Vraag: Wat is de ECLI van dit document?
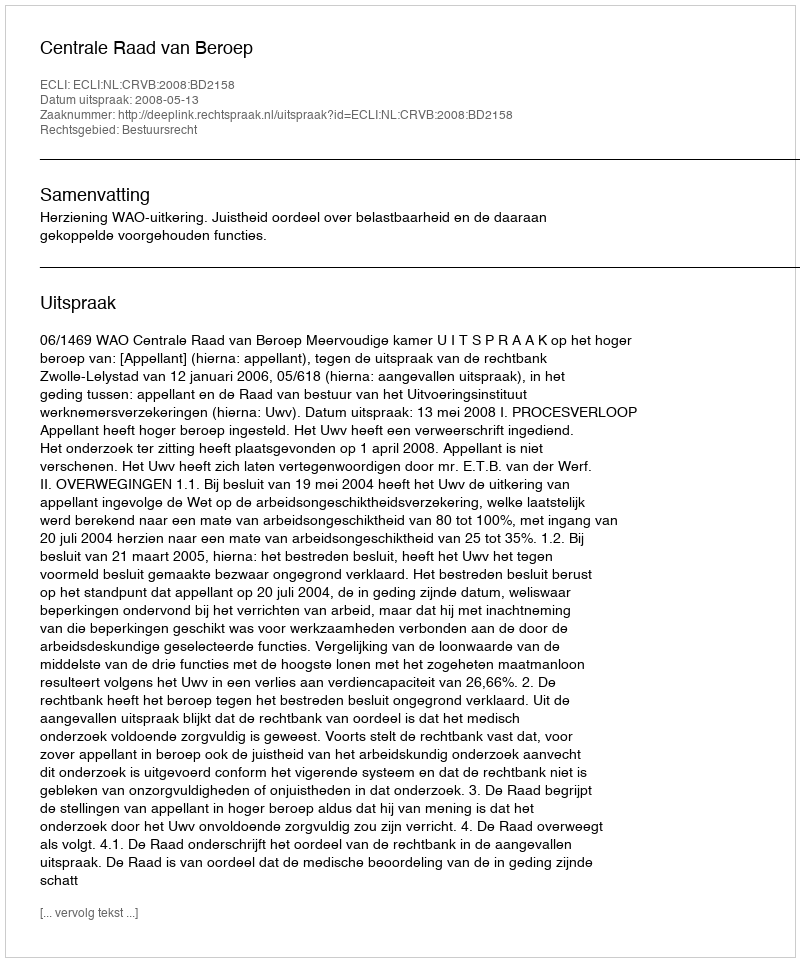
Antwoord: ECLI:NL:CRVB:2008:BD2158